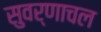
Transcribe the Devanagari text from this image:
सुवर्णाचल